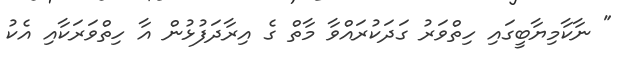
" ނާކާމިޔާބީގައި ހިތްވަރު ގަދަކުރައްވާ މާތް ގެ އިރާދަފުޅުން އާ ހިތްވަރަކާއި އެކު